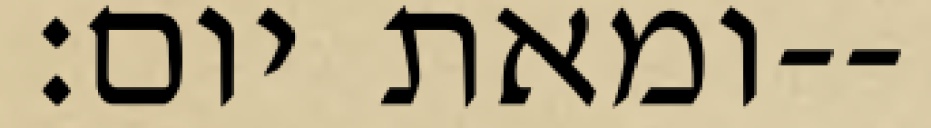
ומאת יום׃--